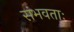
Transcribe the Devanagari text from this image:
संभवताः